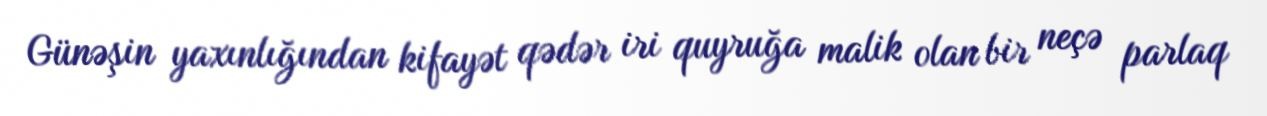
Günəşin yaxınlığından kifayət qədər iri quyruğa malik olan bir neçə parlaq